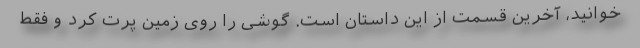
خوانید، آخرین قسمت از این داستان است. گوشی را روی زمین پرت کرد و فقط